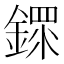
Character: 䤽